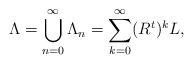
LaTeX: \begin{align*}\Lambda =\bigcup_{n=0}^{\infty}\Lambda_n=\sum_{k=0}^{\infty}(R^{t})^{k}L,\end{align*}